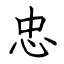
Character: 忠